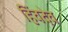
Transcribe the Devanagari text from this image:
हिंवदेव